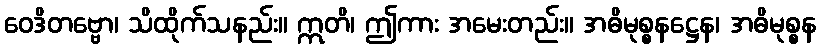
ဝေဒိတဗ္ဗော၊ သိထိုက်သနည်း။ ဣတိ၊ ဤကား အမေးတည်း။ အဓိမုစ္စနဋ္ဌေန၊ အဓိမုစ္စန